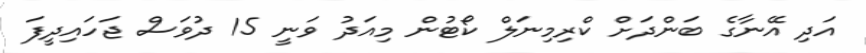
އަދި އޭނާގެ ބަންދަށް ކްރިމިނަލް ކޯޓުން މިއަދު ވަނީ 15 ދުވަސް ޖަހައިދީފަ